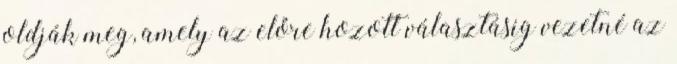
oldják meg, amely az előre hozott választásig vezetné az